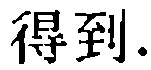
得到.